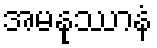
အမနုဿာနံ